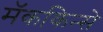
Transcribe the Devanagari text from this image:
मॅककिन्से